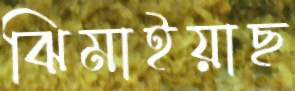
ঝিমাইয়াছ